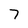
Character: 7